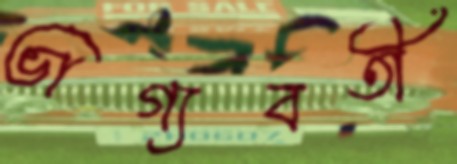
ভাগ্যবতী